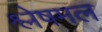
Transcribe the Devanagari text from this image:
श्लेषमल